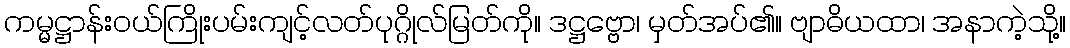
ကမ္မဋ္ဌာန်းဝယ်ကြိုးပမ်းကျင့်လတ်ပုဂ္ဂိုလ်မြတ်ကို။ ဒဋ္ဌဗ္ဗော၊ မှတ်အပ်၏။ ဗျာဓိယထာ၊ အနာကဲ့သို့။